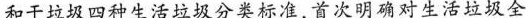
和干垃圾四种生活垃圾分类标准，首次明确对生活垃圾全